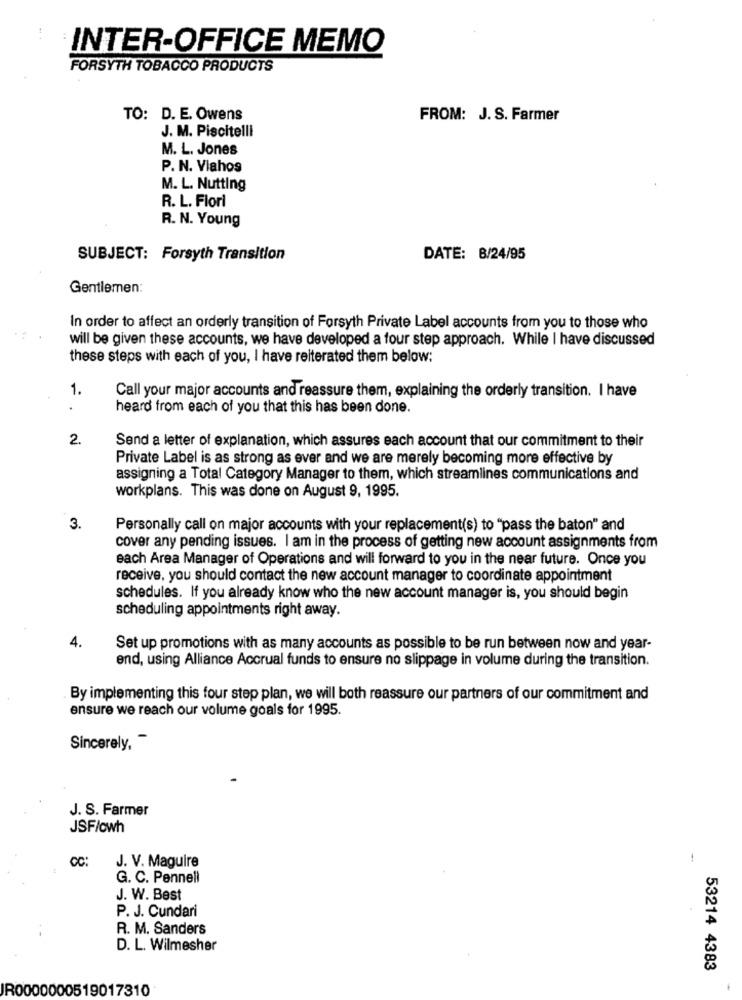
INTER-OFFICE MEMO
FORSYTH TOBACCO PRODUCTS
TO: D. E. Owens
FROM: J. S. Farmer
J. M. Piscitelli
M. L. Jones
P. N. Viahos
M. L. Nutting
R. L. Flori
R. N. Young
SUBJECT: Forsyth Transition
DATE: 8/24/95
Gentlemen:
In order to affect an orderly transition of Forsyth Private Label accounts from you to those who
will be given these accounts, we have developed a four step approach. While I have discussed
these steps with each of you, I have reiterated them below:
1.
Call your major accounts and reassure them, explaining the orderly transition. I have
.
heard from each of you that this has been done.
2.
Send a letter of explanation, which assures each account that our commitment to their
Private Label is as strong as ever and we are merely becoming more effective by
assigning a Total Category Manager to them, which streamlines communications and
workplans. This was done on August 9, 1995.
3.
Personally call on major accounts with your replacement(s) to "pass the baton" and
cover any pending issues. I am in the process of getting new account assignments from
each Area Manager of Operations and will forward to you in the near future. Once you
receive, you should contact the new account manager to coordinate appointment
schedules. If you already know who the new account manager is, you should begin
scheduling appointments right away.
4.
Set up promotions with as many accounts as possible to be run between now and year-
end, using Alliance Accrual funds to ensure no slippage in volume during the transition.
By implementing this four step plan, we will both reassure our partners of our commitment and
ensure we reach our volume goals for 1995.
Sincerely, -
J. S. Farmer
JSF/owh
CC:
J. V. Maguire
1
G. C. Pennell
J. W. Best
P. J. Cundari
R. M. Sanders
D. L. Wilmesher
53214 4383
IR0000000519017310